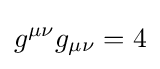
g^{\mu \nu }g_{\mu \nu }=4